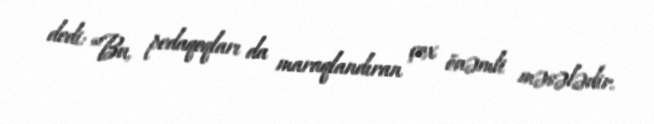
dedi: “Bu, pedaqoqları da maraqlandıran çox önəmli məsələdir.